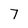
Character: 7